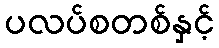
ပလပ်စတစ်နှင့်